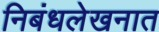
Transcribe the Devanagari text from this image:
निबंधलेखनात